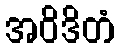
အဝိဒိတံ